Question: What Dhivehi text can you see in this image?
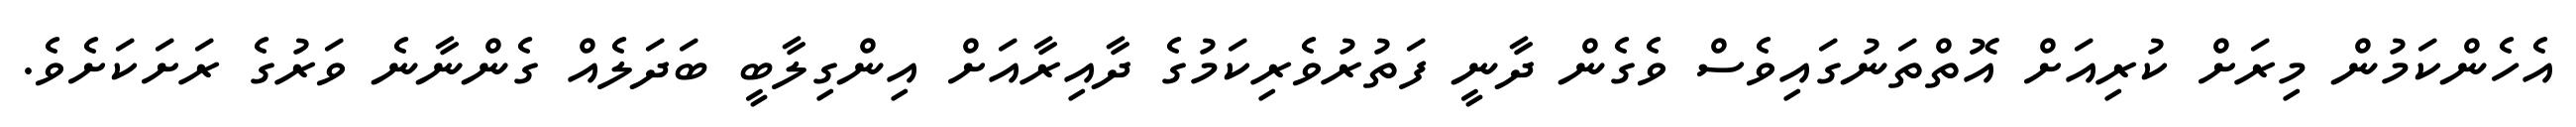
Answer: އެހެންކަމުން މިރަށް ކުރިއަށް އޮތްތަނުގައިވެސް ވެގެން ދާނީ ފަތުރުވެރިކަމުގެ ދާއިރާއަށް އިންގިލާބީ ބަދަލެއް ގެންނާނެ ވަރުގެ ރަށަކަށެވެ.